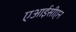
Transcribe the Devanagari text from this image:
एआईसीएन